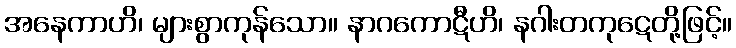
အနေကာဟိ၊ များစွာကုန်သော။ နာဂကောဋီဟိ၊ နဂါးတကုဋေတို့ဖြင့်။